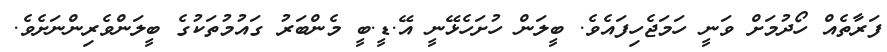
ފަރާތެއް ހޯދުމަށް ވަނީ ހަމަޖެހިފައެވެ. ބީލަން ހުށަހެޅޭނީ އޭ.ޑީ.ބީ މެންބަރު ގައުމުތަކުގެ ބީލަންވެރިންނަށެވެ.